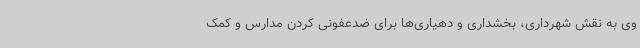
وی به نقش شهرداری، بخشداری و دهیاری‌ها برای ضدعفونی کردن مدارس و کمک